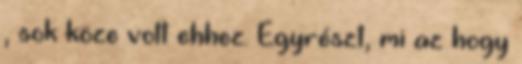
, sok köze volt ehhez. Egyrészt, mi az hogy